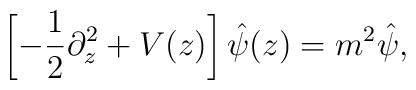
\left [-{1 \over 2}\partial_z^2 +V(z) \right ] \hat{\psi}(z) = m^2 \hat{\psi},